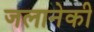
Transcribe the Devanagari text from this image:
जलानेकी